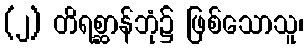
(၂) တိရစ္ဆာန်ဘုံ၌ ဖြစ်သောသူ၊